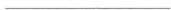
___